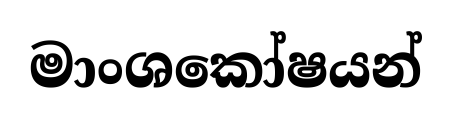
මාංශකෝෂයන්